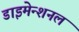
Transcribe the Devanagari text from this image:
डाइमेन्शनल